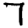
Digit: 7